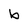
Character: b